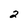
Character: 2